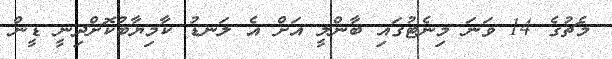
މެޗުގެ 14 ވަނަ މިނެޓުގައި ބާންލީ އަށް އެ ލަނޑު ކާމިޔާބުކޮށްދިނީ ޑީން